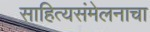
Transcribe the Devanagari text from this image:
साहित्यसंमेलनाचा